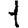
Digit: 1